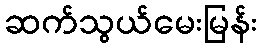
ဆက်သွယ်မေးမြန်း